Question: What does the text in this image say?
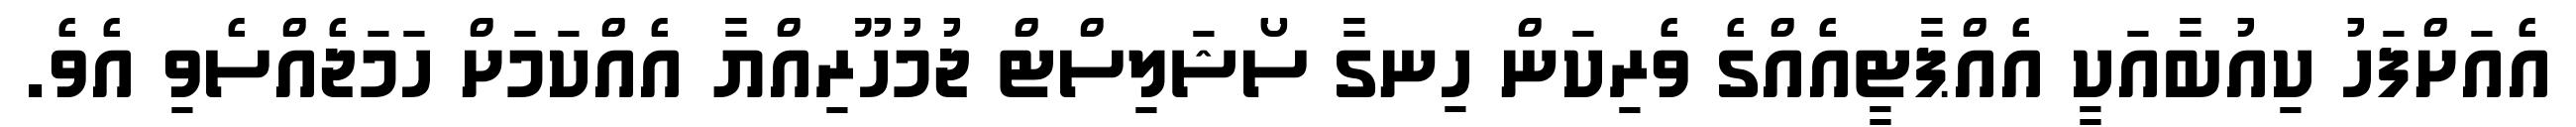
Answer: އެއަށްފަހު ކިއުބާއަކީ އެއްޕާޓީއެއްގެ ވެރިކަން ހިނގާ ސޯޝަލިސްޓް ޖުމުހޫރިއްޔާ އެއްކަމަށް ހަމަޖެއްސެވި އެވެ.